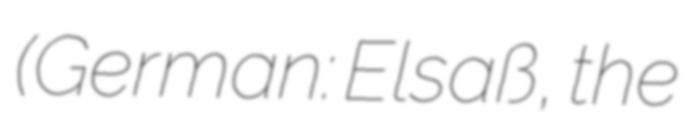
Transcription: (German: Elsaß, the